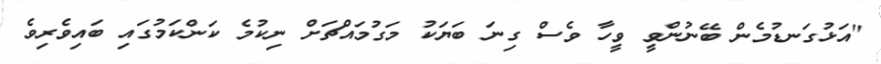
"އަޅުގަނޑުމެން ބޭނުންވީ ވީހާ ވެސް ގިނަ ބަޔަކު މަގުމައްޗަށް ނިކުމެ ކަންކަމުގައި ބައިވެރިވެ